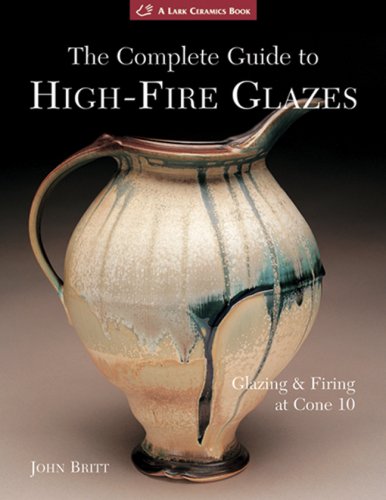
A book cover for The Complete Guide to High-Fire Glazes: Glazing & Firing at Cone 10 (A Lark Ceramics Book); John Britt; Crafts, Hobbies & Home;